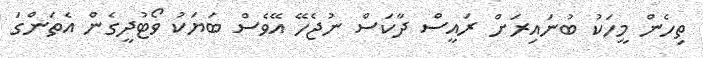
ތިހެން މީހަކު ބުނައިރަށް ރައީސް ދާކަސް ނުޖެހޭ އޭވެސް ބަޔަކު ވޯޓުދީގެން އެތަންގަ